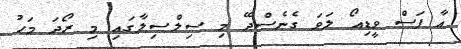
އާ ފަސް ވީޑިއޯ ލަވަ ގެނެސްދޭ މި ސިލްސިލާގައި މި ރޯދަ މަހު